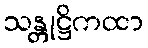
သန္တုဋ္ဌိကထာ